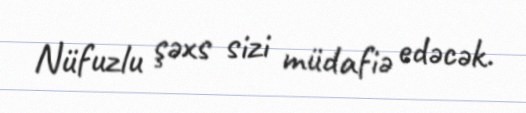
Nüfuzlu şəxs sizi müdafiə edəcək.